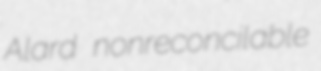
Alard nonreconcilable